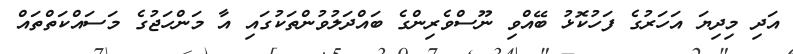
އަދި މިދިޔަ އަހަރުގެ ފަހުކޮޅު ބޭއްވި ނޫސްވެރިންގެ ބައްދަލުވުންތަކުގައި އާ މަންހަޖުގެ މަސައްކަތްތައް